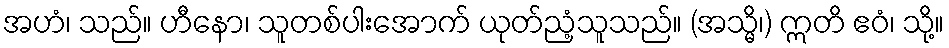
အဟံ၊ သည်။ ဟီနော၊ သူတစ်ပါးအောက် ယုတ်ညံ့သူသည်။ (အသ္မိ၊) ဣတိ ဧဝံ၊ သို့။